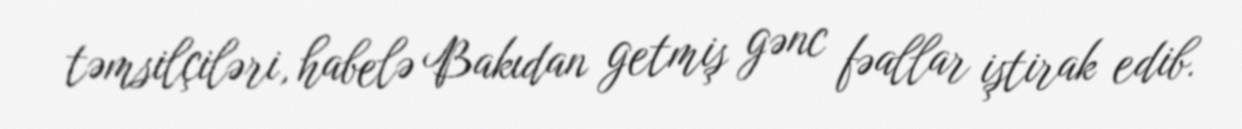
təmsilçiləri, habelə Bakıdan getmiş gənc fəallar iştirak edib.